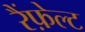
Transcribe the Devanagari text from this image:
रैंफ़ेल्ट